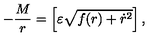
- \frac { M } { r } = \left[ \varepsilon \sqrt { f ( r ) + \dot { r } ^ { 2 } } \right] ,